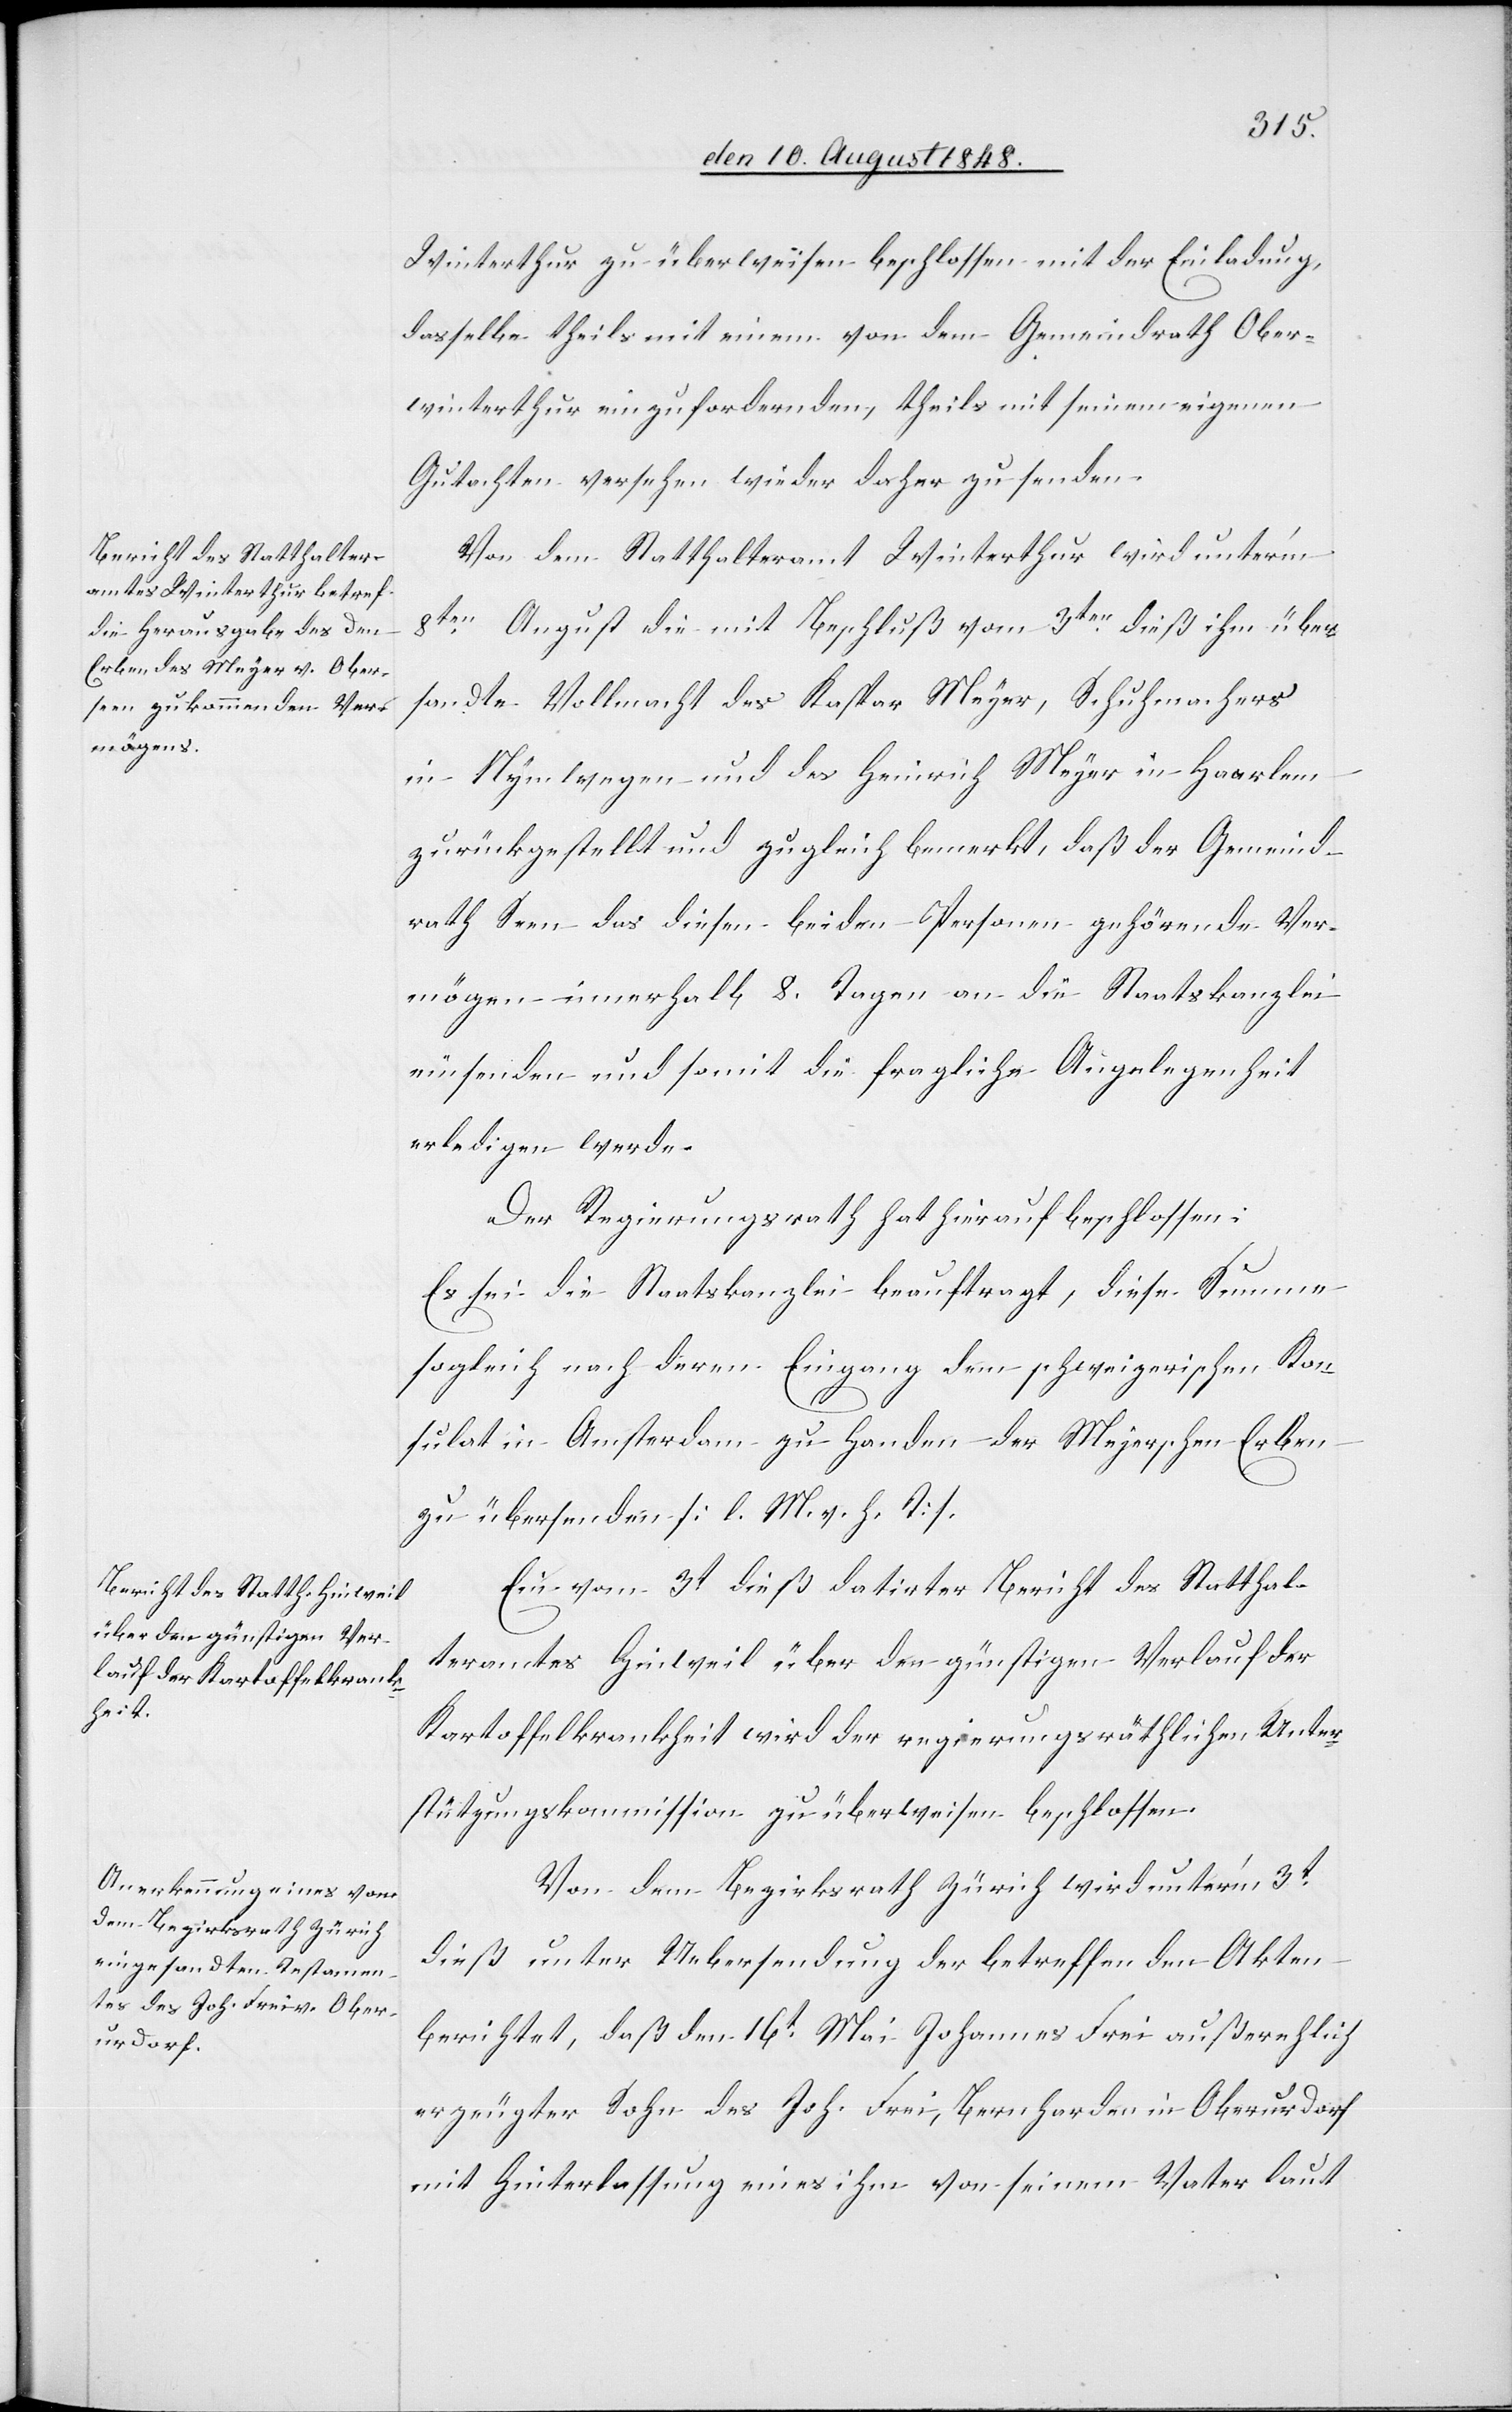
Winterthur zu überweisen beschlossen mit der Einladung,
dasselbe theils mit einem von dem Gemeindrath Ober¬
winterthur einzufordernden, theils mit seinem eigenen
Gutachten versehen wieder daher zu senden.
Von dem Statthalteramt Winterthur wird unter’m
8ten August die mit Beschluß vom 3ten dieß ihm über¬
sandte Vollmacht des Kaspar Meyer, Schuhmachers
in Nymwegen und des Heinrich Meyer in Haarlem
zurückgestellt und zugleich bemerkt, daß der Gemeind¬
rath innerhalb 8. Tagen an die Staatskanzlei
einsenden und somit die fragliche Angelegenheit
erledigen werde.
Der Regierungsrath hat hierauf beschlossen:
Es sei die Staatskanzlei beauftragt, diese Summe
sogleich nach deren Eingang dem schweizerischen Kon¬
sulat in Amsterdam zu Handen der Meyerschen Erben
zu übersenden. [l. M. v. h. T]
Ein vom 3t dieß datirter Bericht des Statthal¬
teramtes Hinweil über den günstigen Verlauf der
Kartoffelkrankheit wird der regierungsräthlichen Unter¬
stützungskommission zu überweisen beschlossen.
Von dem Bezirksrath Zürich wird unter’m 3t
dieß unter Uebersendung der betreffenden Akten
berichtet, daß den 16t Mai Johannes Frei außerehlich
erzeugter Sohn des Joh. Frei, Bernharden in Oberurdorf
mit Hinterlassung eines ihm von seinem Vater laut